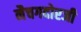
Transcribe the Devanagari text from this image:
नैचगदोरजी